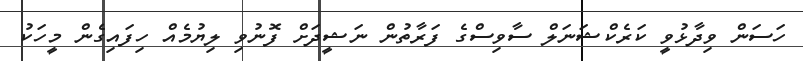
ހަސަން ވިދާޅުވީ ކަރެކްޝަނަލް ސާވިސްގެ ފަރާތުން ނަޝީދަށް ފޮނުވި ލިޔުމެއް ހިފައިގެން މީހަކު